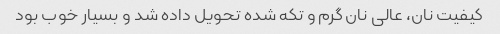
کیفیت نان، عالی نان گرم و تکه شده تحویل داده شد و بسیار خوب بود